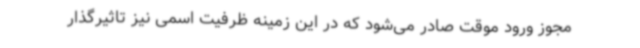
مجوز ورود موقت صادر می‌شود که در این زمینه ظرفیت اسمی نیز تاثیرگذار